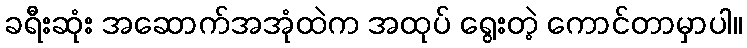
ခရီးဆုံး အဆောက်အအုံထဲက အထုပ် ရွေးတဲ့ ကောင်တာမှာပါ။